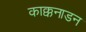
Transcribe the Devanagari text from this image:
काक्कनाडन